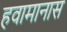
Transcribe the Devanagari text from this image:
हवामानास